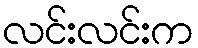
လင်းလင်းက